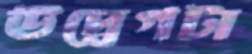
উদ্বেগটা